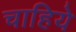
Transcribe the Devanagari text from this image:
चाहिये